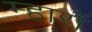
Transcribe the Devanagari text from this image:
म्हारों